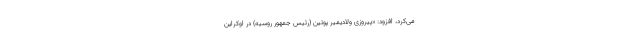
می‌کرد، افزود: «پیروزی ولادیمیر پوتین (رئیس جمهور روسیه) در اوکراین